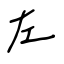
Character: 左